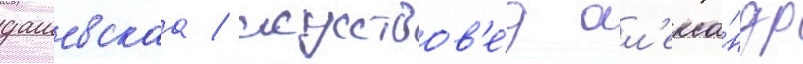
дашевскаа / искусствов'е́д ал'екса́ндр